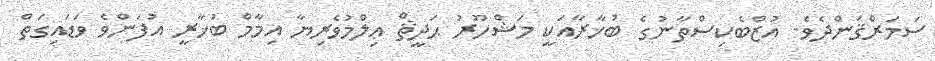
ސަމަރްޤަންދެވެ. އުޒްބެކިސްތާނުގެ ބުޚާރާއަކީ މަޝްހޫރު ޙަދީޘް ޢިލްމުވެރިޔާ އިމާމް ބުޚާރީ އުފަންވެ ވަޑައިގަތް